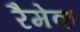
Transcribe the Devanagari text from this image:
रैमेक